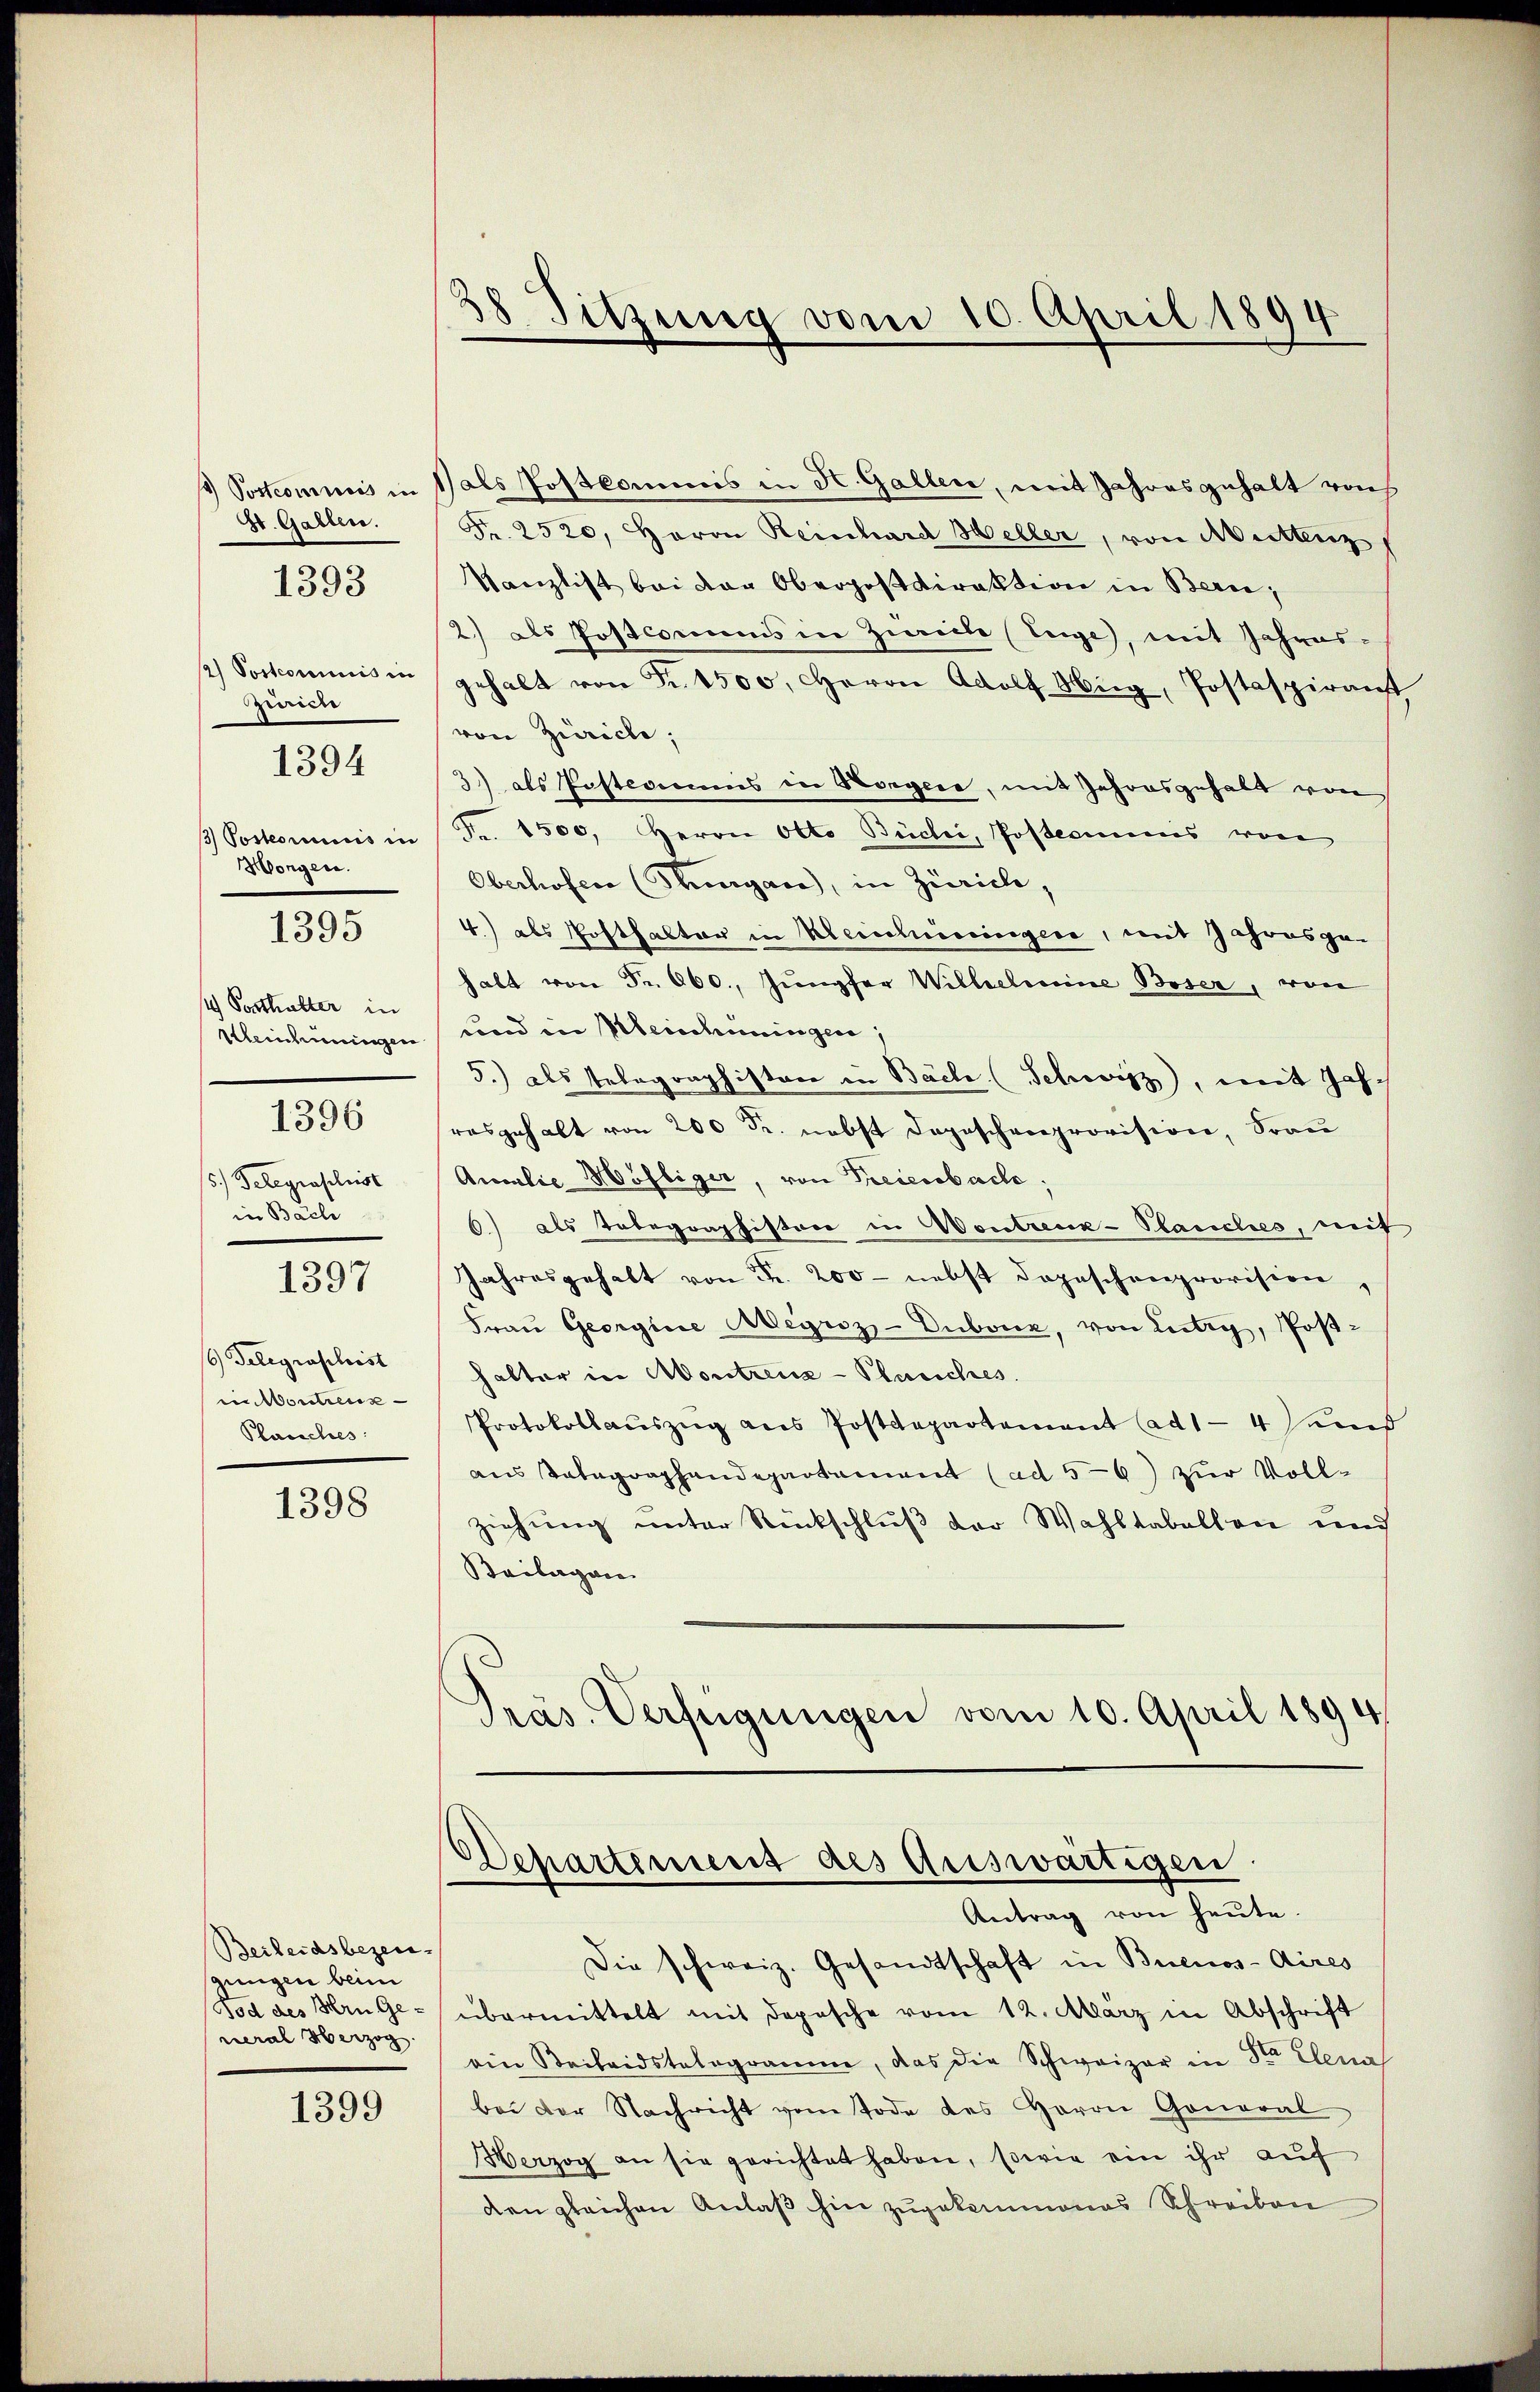
4) Postcominus in
St. Gallen.
1393

12) Postcommis in
Zürich
3) Posteriis in
Wengen.

1394

1395

1) Posthalter in
Kleinheiningen
5.) Gelegrasleist
in Bach
1397
6) Telegraphist
in Montreux
Plauches

1396

1398

Beileidsbezei
gungen beim
od des Hrn General Herzog

1399

28 Sitzung vom 10. April 1894

1 als Postkommnis in St. Gallen, mit Jahresgehalt von
Fr. 2520, Herrn Reinhard Heller, von Mittenz
Kanzlist bei der Oberpostdirektion in Bern,
2) als Postcomums in Zwicke (Tege, mit Jahres-
gehalt von Fr. 4500, Herrn Adolf Hug, Postaspirant
von Zürich;
3) als Posteriums in Horgere, mit Jahresgehalt von
Fr. 1500, Herrn Otto Büchi, Posteamens von
Oberhofen (Thurgau, in Zürich,
4.) als Posthalter in Kleinhuningen, mit Jahresge-
halt von Fr. 660. Jŭngfer Willelseine Boser, von
uod in Kleischeningen,
5.) als Telegraphistor in Bäche (Schweiz, mit Jahrasgehalt von 200 Fr. nebst Tageschneeprovision, Frau
Amilie Möhliger, von Treienbach.
6.) als Tobegraphistor in Vortrenk-Plauches, mit
Jahresgehalt von Fr. 200 - nebst dopeschenprovision,
Frau Georgine Meyriz-Duboiz, von Lutry, Posthalter in Abortzenz-Planches.
Protokoll aŭszŭg aŭs Postdepartement (ad1-4 und
aus Totagraphendepartement (ad 5-6) zur Vollziehung unter Rückschluß der Wahltabellene und
Beilagen
Präs. Verfügungen vom 10. April 1894

Dchartement des Auswärtigen.
Antrag von heute.

Die schweiz. Gesandtschaft in Buenos-Aires
übermittelt mit Depesche vom 12. März in Abschrift
ein Beileidstalogramme, das die Schweizer in der Elena
bei der Nachricht vom Tode des Herrn Goneral
Herzog an sie gerichtet haben, sowie ein ihr auf
den gleichen Anlaß hin zugekommenes Schreiben